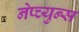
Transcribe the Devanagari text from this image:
नेप्च्युन्स